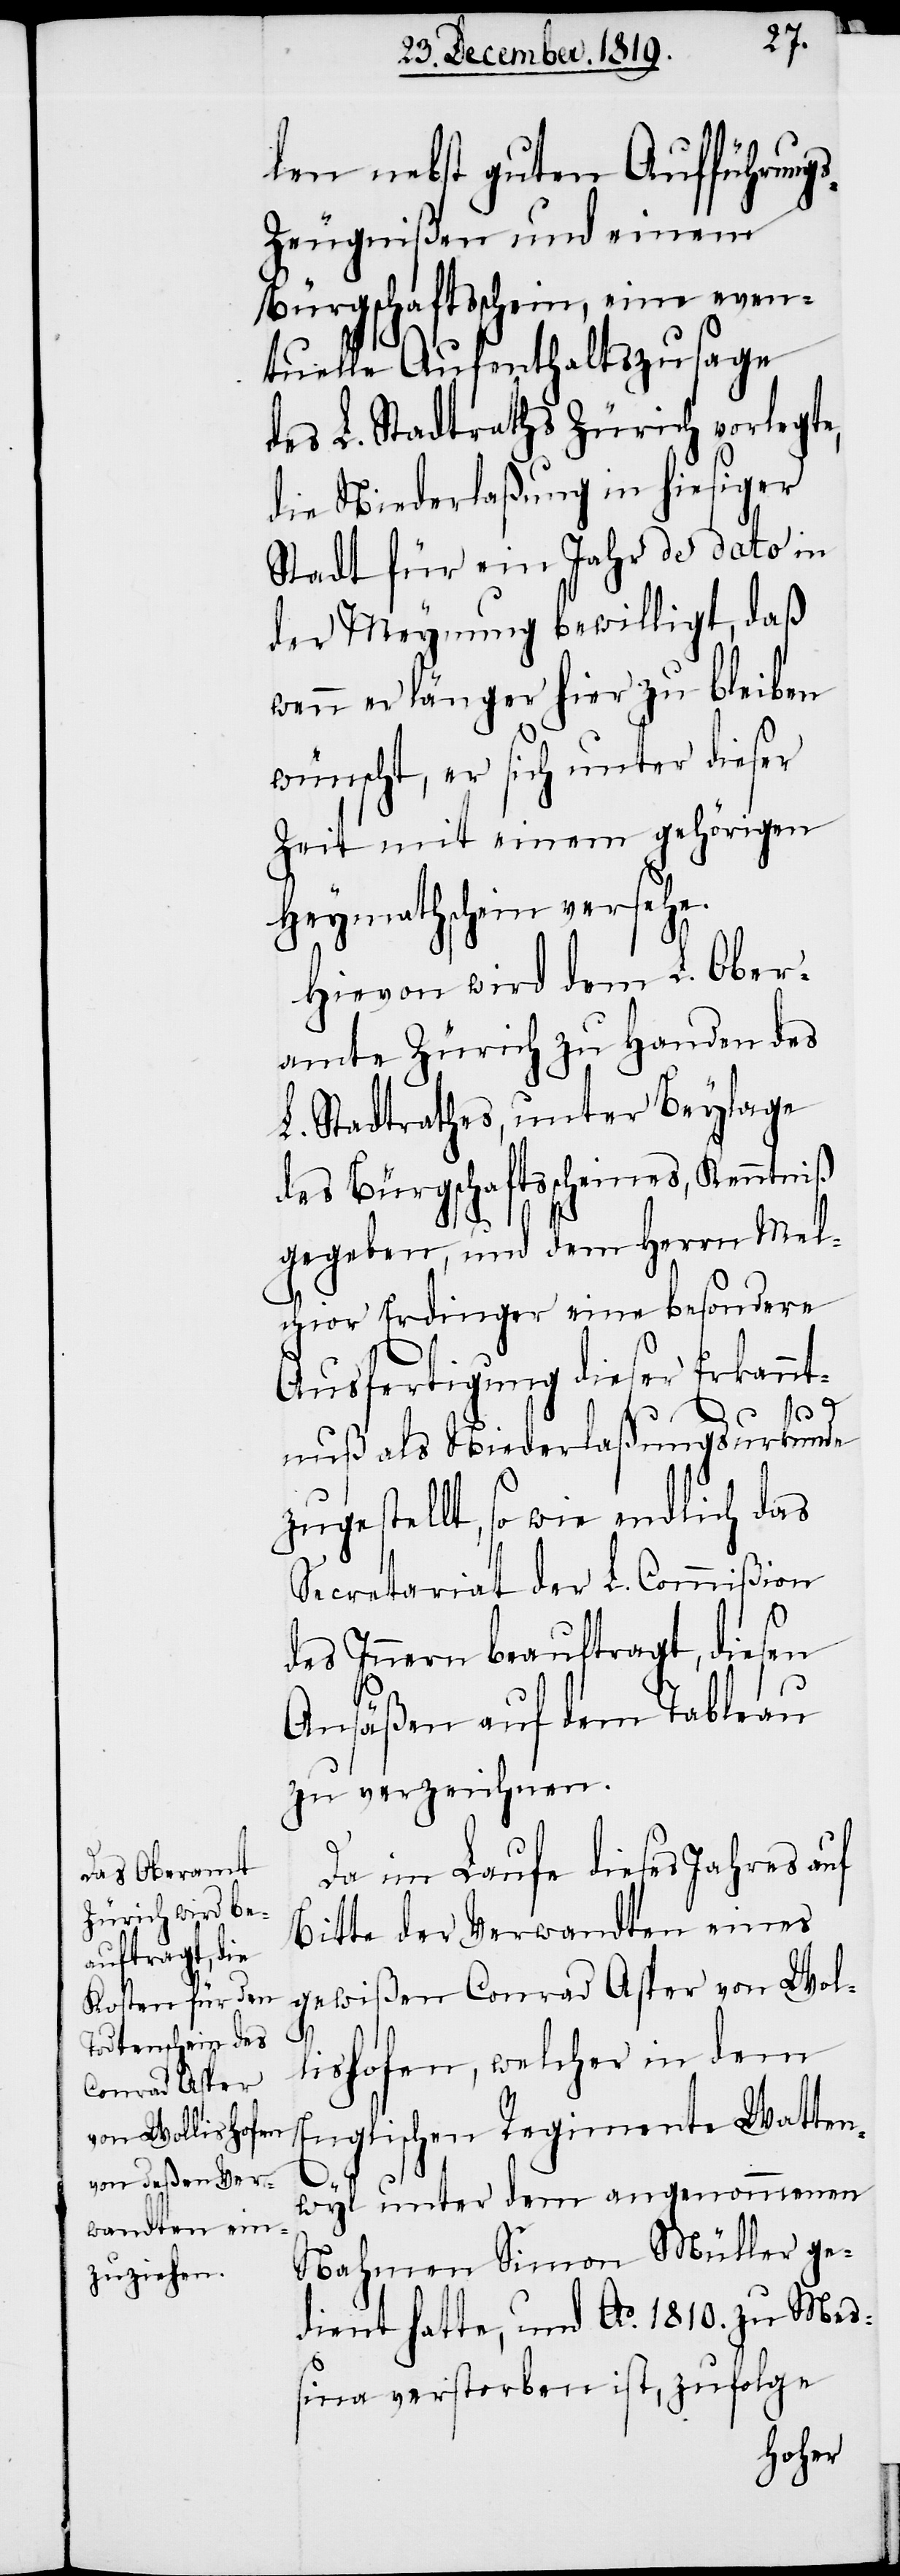
len nebst guten Aufführung¬
s-Zeugnißen und einem
Bürgschaftsschein, eine even¬
tuelle Aufenthaltszusage
des L. Stadtraths Zürich vorlegte,
die Niederlaßung in hiesiger
Stadt für ein Jahr de dato in
der Meynung bewilligt, daß
wenn er länger hier zu bleiben
wünscht, er sich unter dieser
Zeit mit einem gehörigen
Heymathschein versehe.
Hievon wird dem L. Ober¬
amte Zürich zu Handen des
L. Stadtrathes, unter Beylage
des Bürgschaftsscheines, Kenntniß
gegeben, und dem Herrn Mel¬
chior Erdinger eine besondere
Ausfertigung dieser Erkannt¬
nuß als Niederlaßungsurkunde
zugestellt, so wie endlich das
Secretariat der L. Commißion
des Innern beauftragt, diesen
Ansäßen auf dem Tableau
zu verzeichnen.
Da im Laufe dieses Jahres auf
Bitte der Verwandten eines
gewißen Conrad Asper von Wol¬
lishofen, welcher in dem
Englischen Regimente Watten¬
wyl unter dem angenommenen
Nahmen Simon Müller ge¬
dient hatte, und Ao. 1810. zu Mes¬
sina verstorben ist, zufolge